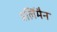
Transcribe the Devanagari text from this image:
हर्लिमैन